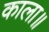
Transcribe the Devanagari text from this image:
काला॥